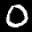
Label: 0